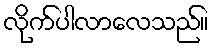
လိုက်ပါလာလေသည်။